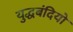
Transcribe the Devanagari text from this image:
युद्धबंदियो